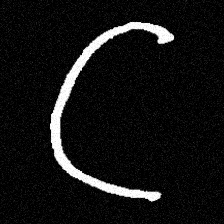
Pyu character \u2014 Myanmar letter: ဋ (romanized: tta)